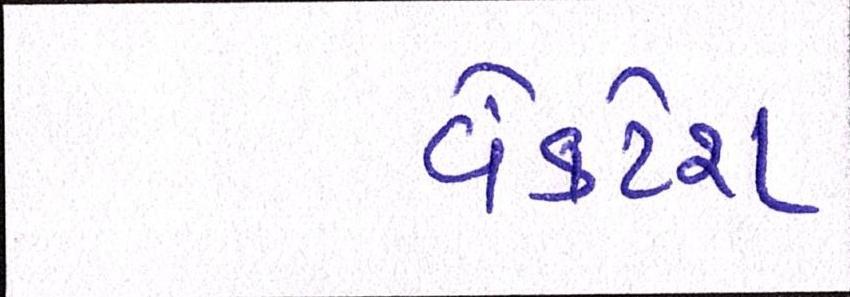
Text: વેંકટેશ